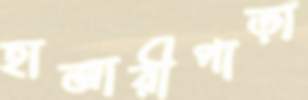
হাজারীপাড়া